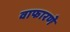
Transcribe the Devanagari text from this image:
वाफारणे